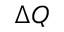
\Delta Q